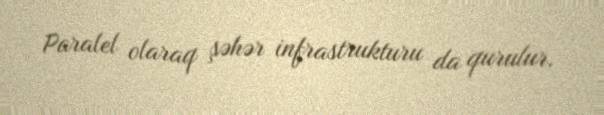
Paralel olaraq şəhər infrastrukturu da qurulur.